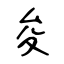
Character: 夋